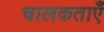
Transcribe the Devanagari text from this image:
चालकताएँ